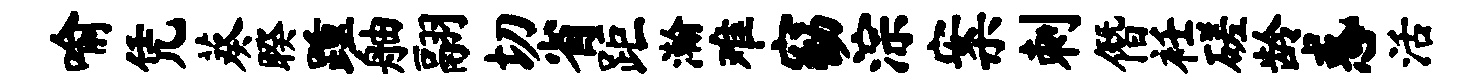
喻凭葵睽踵舳翮切省距瀚难窈淙案刺僭衽磋龄惑活